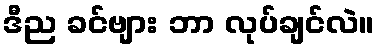
ဒီည ခင်ဗျား ဘာ လုပ်ချင်လဲ။